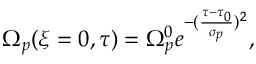
\Omega _ { p } ( \xi = 0 , \tau ) = \Omega _ { p } ^ { 0 } e ^ { - ( \frac { \tau - \tau _ { 0 } } { \sigma _ { p } } ) ^ { 2 } } ,